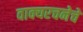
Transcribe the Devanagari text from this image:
वाक्यरचनेचे